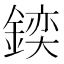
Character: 𨩌